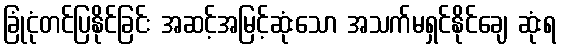
ခြုံငုံတင်ပြနိုင်ခြင်း အဆင့်အမြင့်ဆုံးသော အသက်မရှင်နိုင်ချေ ဆုံးရ